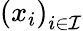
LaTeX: \left(x_{i}\right)_{i\in\mathcal{I}}